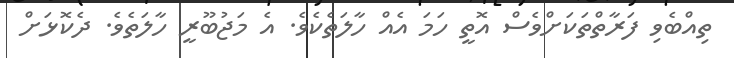
ތިއްބެވި ފަރާތްތަކަށްވެސް އޮތީ ހަމަ އެއް ހާލަތެކެވެ. އެ މަޖުބޫރީ ހާލަތެވެ. ދެކޮޅަށް